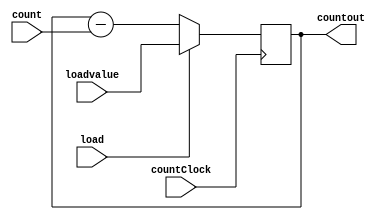
module loadable_downcounter8 ( countClock, count, loadvalue, load, countout);

	input wire countClock;
	input wire count;
	input wire [7:0] loadvalue;
	input wire load;
	(* EQUIVALENT_REGISTER_REMOVAL="NO" *) output reg [7:0] countout;

		always@(posedge countClock) 
		begin

			if (load == 1'b1) countout <= loadvalue;
			else countout <= countout - count;

		end
	
endmodule